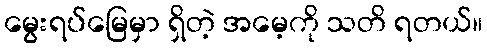
မွေးရပ်မြေမှာ ရှိတဲ့ အမေ့ကို သတိ ရတယ်။